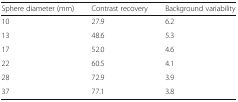
<table><thead><tr><td><b>Sphere diameter (mm)</b></td><td><b>Contrast recovery</b></td><td><b>Background variability</b></td></tr></thead><tbody><tr><td>10</td><td>27.9</td><td>6.2</td></tr><tr><td>13</td><td>48.6</td><td>5.3</td></tr><tr><td>17</td><td>52.0</td><td>4.6</td></tr><tr><td>22</td><td>60.5</td><td>4.1</td></tr><tr><td>28</td><td>72.9</td><td>3.9</td></tr><tr><td>37</td><td>77.1</td><td>3.8</td></tr></tbody></table>